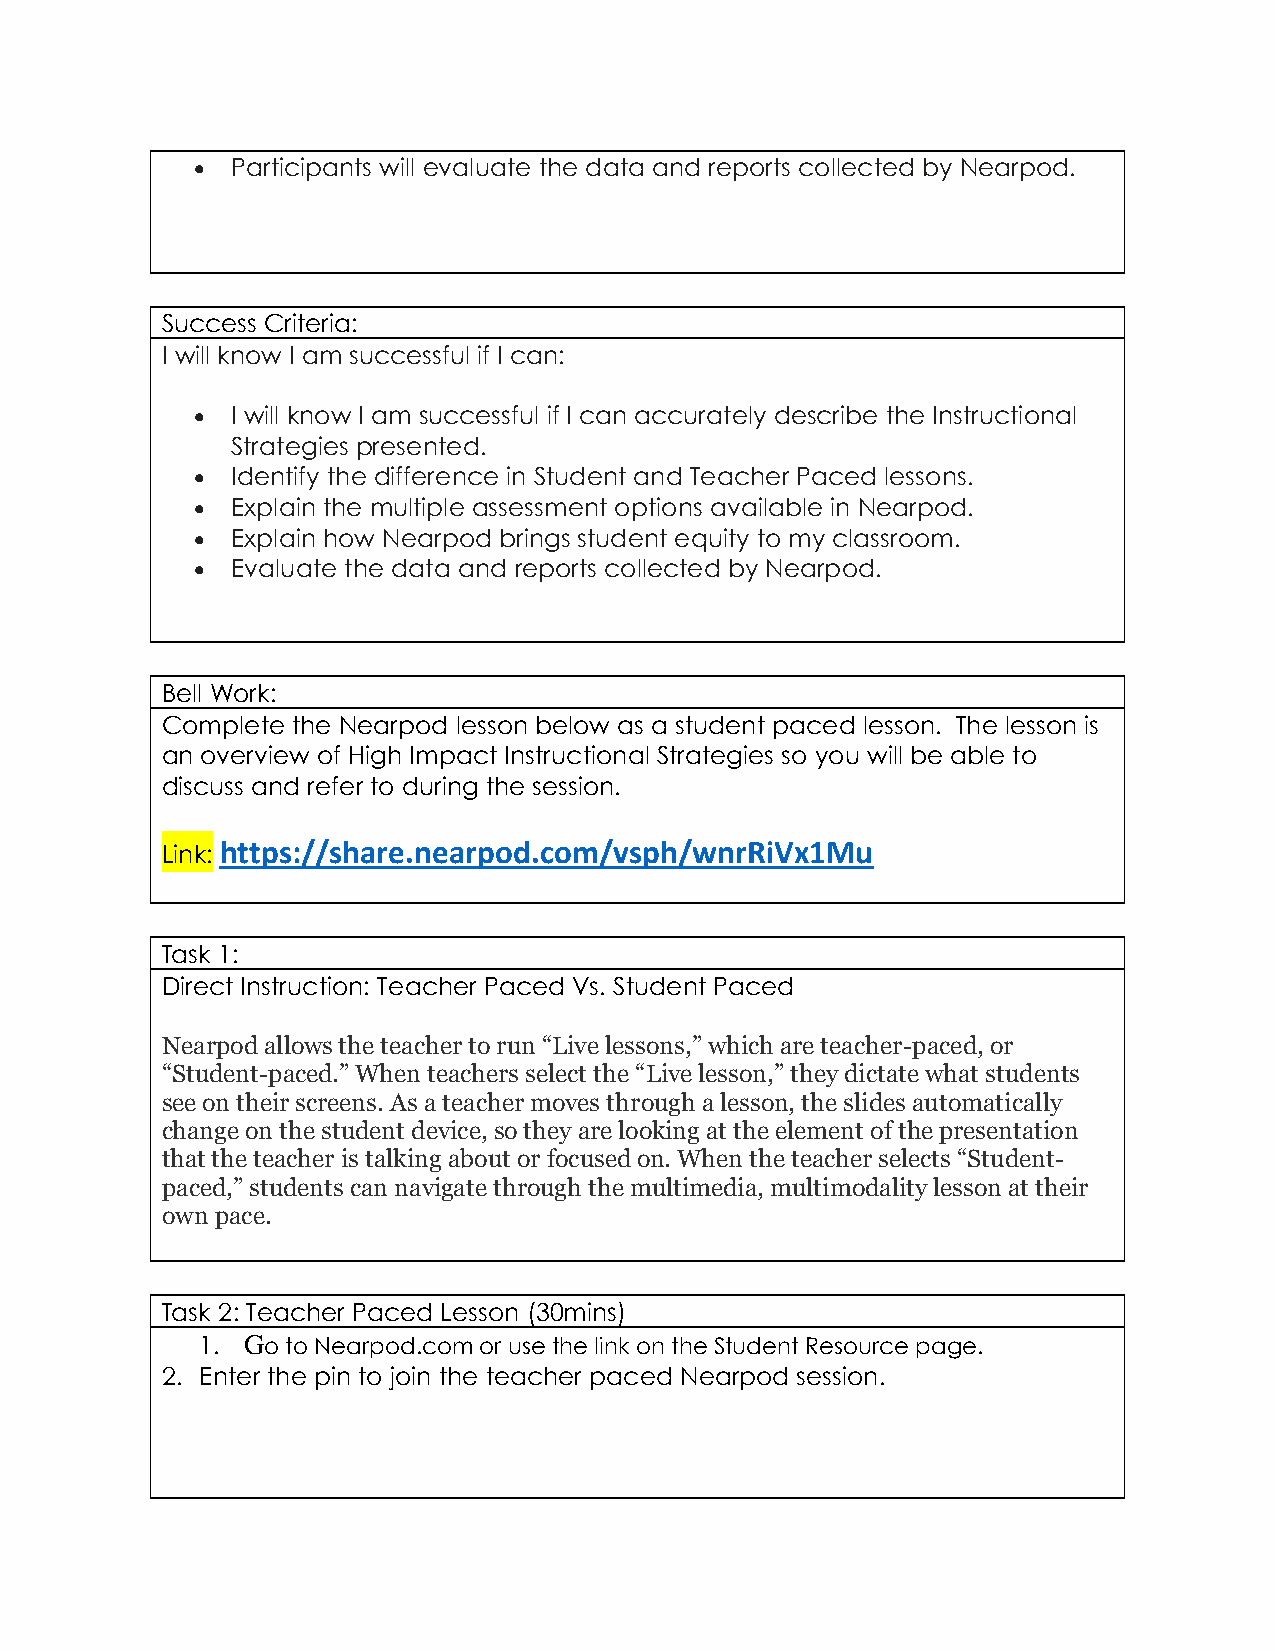
• Participants will evaluate the data and reports collected by Nearpod.
 Success Criteria:
 I will know I am successful if I can:
 • I will know I am successful if I can accurately describe the Instructional
 Strategies presented.
 • Identify the difference in Student and Teacher Paced lessons.
 • Explain the multiple assessment options available in Nearpod.
 • Explain how Nearpod brings student equity to my classroom.
 • Evaluate the data and reports collected by Nearpod.
 Bell Work:
 Complete the Nearpod lesson below as a student paced lesson. The lesson is
 an overview of High Impact Instructional Strategies so you will be able to
 discuss and refer to during the session.
 Link: https://share.nearpod.com/vsph/wnrRiVx1Mu
 Task 1:
 Direct Instruction: Teacher Paced Vs. Student Paced
 Nearpod allows the teacher to run “Live lessons,” which are teacher-paced, or
 “Student-paced.” When teachers select the “Live lesson,” they dictate what students
 see on their screens. As a teacher moves through a lesson, the slides automatically
 change on the student device, so they are looking at the element of the presentation
 that the teacher is talking about or focused on. When the teacher selects “Student-
 paced,” students can navigate through the multimedia, multimodality lesson at their
 own pace.
 Task 2: Teacher Paced Lesson (30mins)
 1. Go to Nearpod.com or use the link on the Student Resource page.
 2. Enter the pin to join the teacher paced Nearpod session.